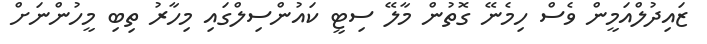
ޒައިދުލްއަމީން ވެސް ހިމެނޭ ގޮތުން މާލޭ ސިޓީ ކައުންސިލްގައި މިހާރު ތިބި މީހުންނަށް